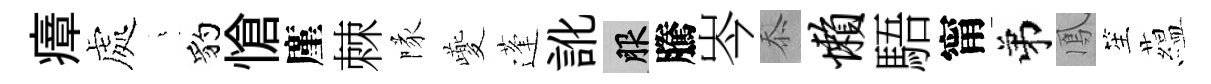
瘴處燁豹愴廑棘隊夔蓬訛服騰岑忝懒䮏甯弟鳳笙藴